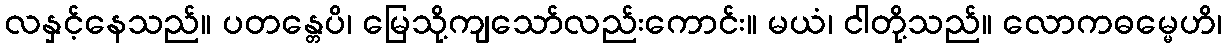
လနှင့်နေသည်။ ပတန္တေပိ၊ မြေသို့ကျသော်လည်းကောင်း။ မယံ၊ ငါတို့သည်။ လောကဓမ္မေဟိ၊